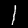
Digit: 1